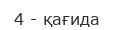
4 - қағида